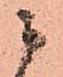
ニ